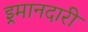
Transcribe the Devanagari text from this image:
इ्रमानदारी